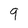
Character: 9